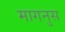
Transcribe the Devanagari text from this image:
मागनुस